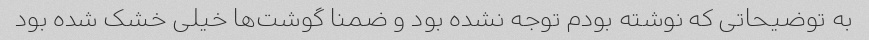
به توضیحاتی که نوشته بودم توجه نشده بود و ضمنا گوشت‌ها خیلی خشک شده بود